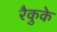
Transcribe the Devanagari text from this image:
रैकुके